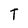
Character: T